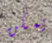
يمكن